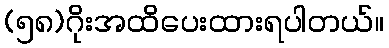
(၅၈)ဂိုးအထိပေးထားရပါတယ်။